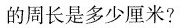
周长是多少厘米?